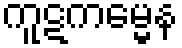
ကူဋကမ္မေန